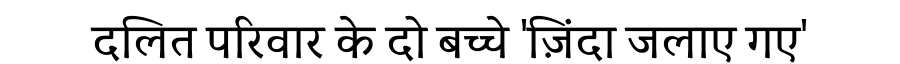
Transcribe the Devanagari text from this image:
दलित परिवार के दो बच्चे 'ज़िंदा जलाए गए'